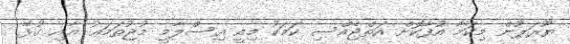
ޔޫރަޕުން މިކަމާ އުފާކޮށް އަތްޖެއްސި ކަމަކު މިއީ އިސްލާމީ މުޖުތަމަޢު އާއި ގުޅޭ